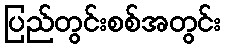
ပြည်တွင်းစစ်အတွင်း